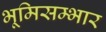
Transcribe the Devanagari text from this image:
भूमिसम्भार